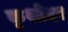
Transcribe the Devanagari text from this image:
कृशोदर